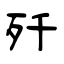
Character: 歼